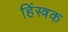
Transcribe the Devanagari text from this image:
हिंस्त्रक